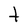
Character: t